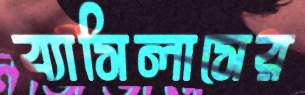
ব্যাসিলাসের